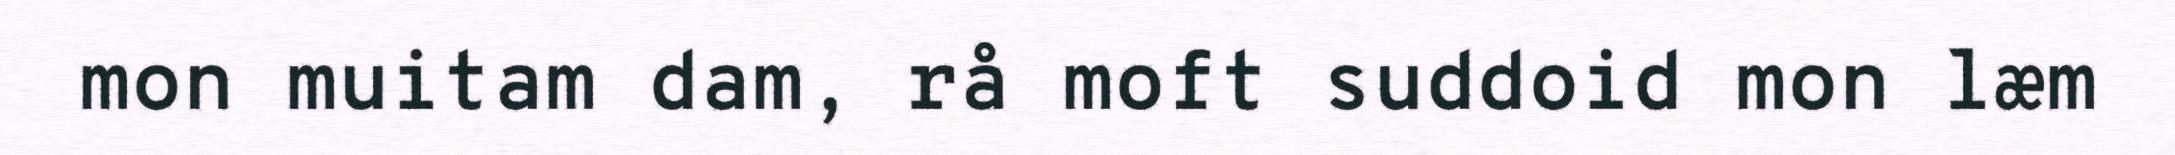
mon muitam dam, rå moft suddoid mon læm